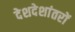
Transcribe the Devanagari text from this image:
देशदेशांतरों